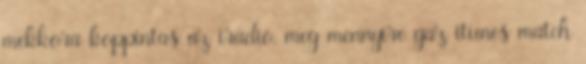
mekkora koppintas az iradio, meg mennyire gaz itunes match